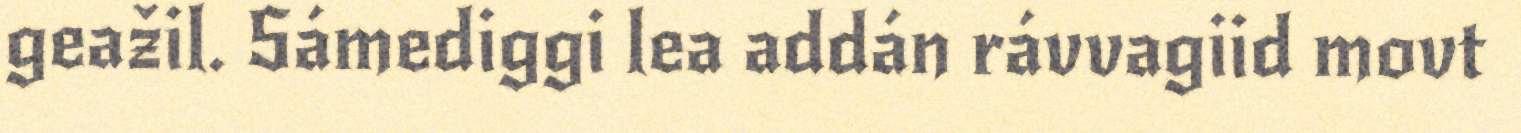
geažil. Sámediggi lea addán rávvagiid movt